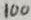
Text: 100